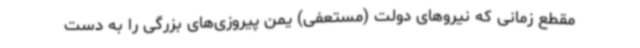
مقطع زمانی که نیروهای دولت (مستعفی) یمن پیروزی‌های بزرگی را به دست